Vaccination Hyderabad 1890-1903 - 1890-1903
Year: 1890
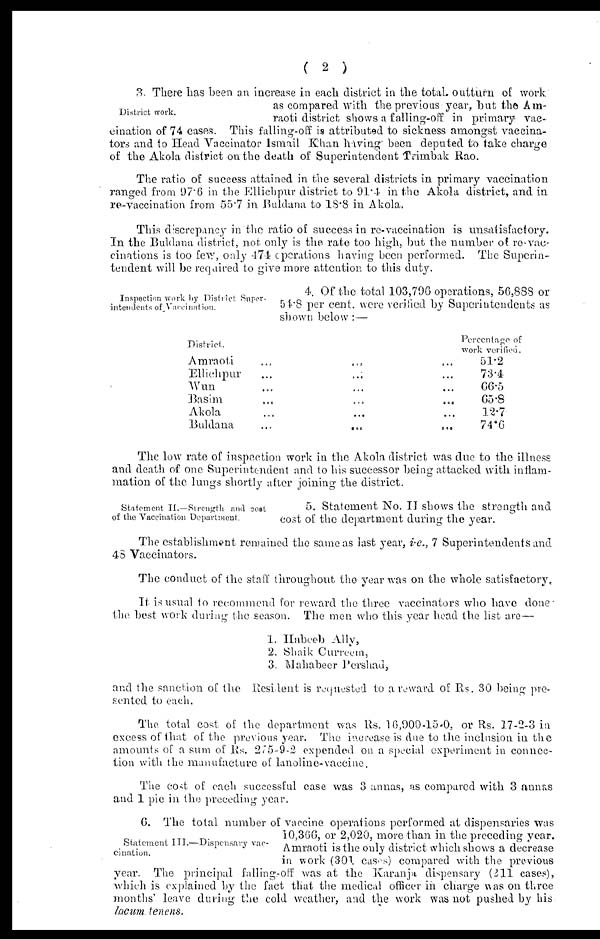
( 2 )
District work.
3. There has been an increase in each district in the total. outturn of work
as compared with the previous year, but the Am-
raoti district shows a falling-off in primary vac-
cination of 74 cases. This faliing-off is attributed to sickness amongst vaccina-
tors and to Head Vaccinator Ismail Khan having been deputed to take charge
of the Akola district on the death of Superintendent Trimbak Rao.
The ratio of success attained in the several districts in primary vaccination
ranged from 97.6 in the Ellichpur district to 91.4 in the Akola district, and in
re-vaccination from 55.7 in Buldana to 18.8 in Akola.
This discrepancy in the ratio of success in re-vaccination is unsatisfactory.
In the Buldana district, not only is the rate too high, but the number of re-vac-
cinations is too few, only 474 operations having been performed. The Superin-
tendent will be required to give more attention to this duty.
Inspection work by District Super-
intendents of Vaccination.
4. Of the total 103,796 operations, 56,888 or
54.8 per cent. were verified by Superintendents as
shown below:—
District.
Amraoti ... ... ...
Ellichpur
...
...
...
Wun ... ... ...
Basim ... ... ...
Akola ... ... ...
Buldana
...
...
...
Percentage of
work verified.
51.2
73.4
66.5
65.8
12.7
74.6
The low rate of inspection work in the Akola district was due to the illness
and death of one Superintendent and to his successor being attacked with inflam-
mation of the lungs shortly after joining the district.
Statement II.—Strength and cost
of the Vaccination Department.
5. Statement No. II shows the strength and
cost of the department during the year.
The establishment remained the same as last year, i.e., 7 Superintendents and
48 Vaccinators.
The conduct of the staff throughout the year was on the whole satisfactory
It is usual to recommend for reward the three vaccinators who have done
the best work during the season. The men who this year head the list are—
1. Habeeb Ally,
2. Shaik Curreem,
3. Mahabeer Pershad,
and the sanction of the Resident is requested to a reward of Rs. 30 being pre-
sented to each.
The total cost of the department was Rs. 16,900-15-0, or Rs. 17-2-3 in
excess of that of the previous year. The increase is due to the inclusion in the
amounts of a sum of Rs. 275-9-2 expended on a special experiment in connec-
tion with the manufacture of lanoline-vaccine.
The cost of each successful case was 3 annas, as compared with 3 annas
and 1 pie in the preceding year.
Statement III.—Dispensary vac-
cination.
6. The total number of vaccine operations performed at dispensaries was
10,366, or 2,020, more than in the preceding year.
Amraoti is the only district which shows a decrease
in work (301 cases) compared with the previous
year. The principal falling-off was at the Karanja dispensary (211 cases),
which is explained by the fact that the medical officer in charge was on three
months' leave during the cold weather, and the work was not pushed by his
locum tenens.